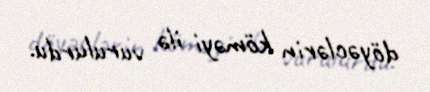
döyəclərin köməyi ilə vurulurdu.